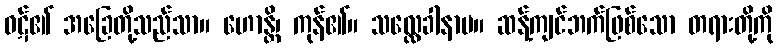
ဝဋ်၏ အခြေတို့သည်သာ။ ဟောန္တိ၊ ကုန်၏။ သလ္လေခါနာမ။ ဆန့်ကျင်ဘက်ဖြစ်သော တရားတို့ကို